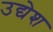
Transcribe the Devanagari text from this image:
उद्येश